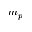
m _ { p }